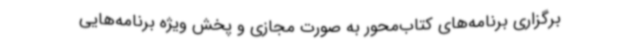
برگزاری برنامه‌های کتاب‌محور به صورت مجازی و پخش ویژه برنامه‌هایی